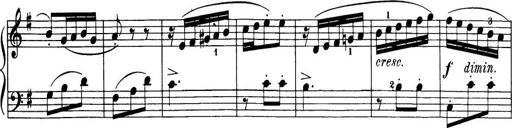
Title: 32 Sonatinas and Rondos for the Piano
Composer: Richard Kleinmichel